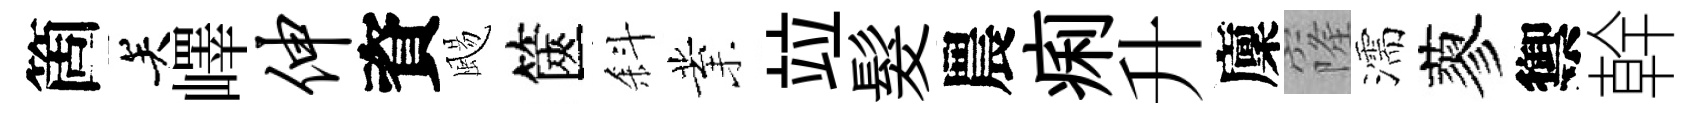
箇关嶧伸資颺篋斜業竝髮農痢升廩窿濡蓼禦幹